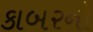
કાબરનો